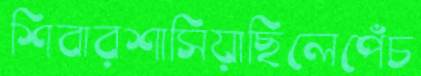
শিবারশাসিয়াছিলেপেঁচ